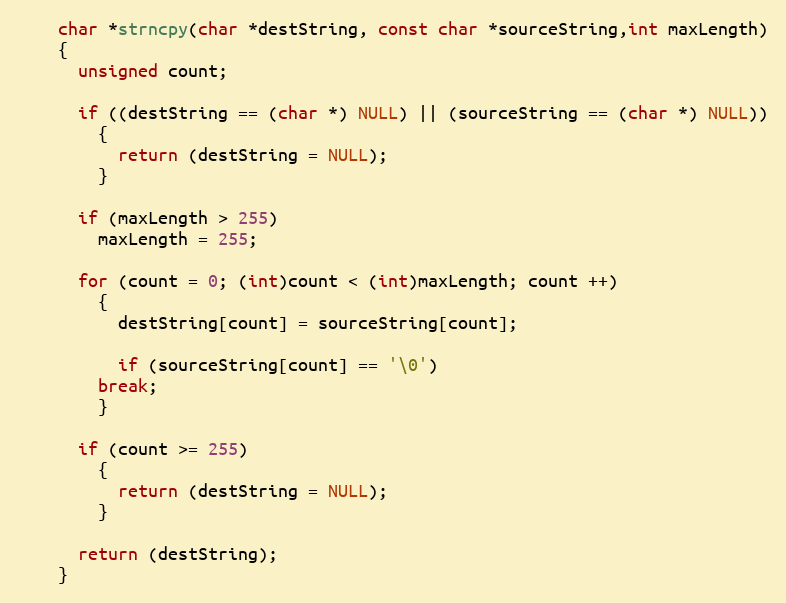
Language: C++
	char *strncpy(char *destString, const char *sourceString,int maxLength)
	{
	  unsigned count;

	  if ((destString == (char *) NULL) || (sourceString == (char *) NULL))
		{
		  return (destString = NULL);
		}

	  if (maxLength > 255)
		maxLength = 255;

	  for (count = 0; (int)count < (int)maxLength; count ++)
		{
		  destString[count] = sourceString[count];

		  if (sourceString[count] == '\0')
		break;
		}

	  if (count >= 255)
		{
		  return (destString = NULL);
		}

	  return (destString);
	}